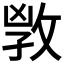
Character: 𢽌